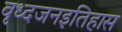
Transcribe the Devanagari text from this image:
वृध्दजनइतिहास